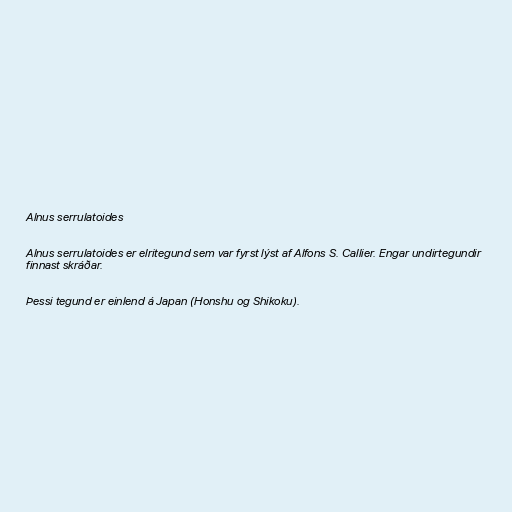
Alnus serrulatoides

Alnus serrulatoides er elritegund sem var fyrst lýst af Alfons S. Callier. Engar undirtegundir
finnast skráðar.

Þessi tegund er einlend á Japan (Honshu og Shikoku).